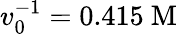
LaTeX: v_{0}^{-1}=0.415\mathrm{~M~}